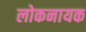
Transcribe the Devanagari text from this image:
लोकनायक